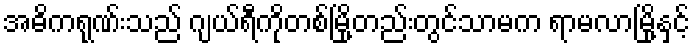
အဓိကရုဏ်းသည် ဂျယ်ရီကိုတစ်မြို့တည်းတွင်သာမက ရာမလာမြို့နှင့်